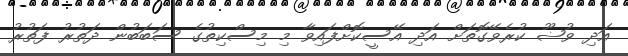
އަދި ވުޟޫ ކުރެވޭގޮތަށް އަދި އޭސީކޮށްފައިވާ މި މިސްކިތުގެ ސަބަބުން ދަތުރު ފަތުރު